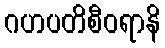
ဂဟပတိစီဝရာနိ